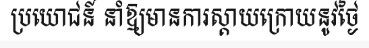
ប្រយោជន៍ នាំឱ្យមានការស្តាយក្រោយនូវថ្ងៃ